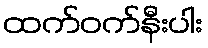
ထက်ဝက်နီးပါး